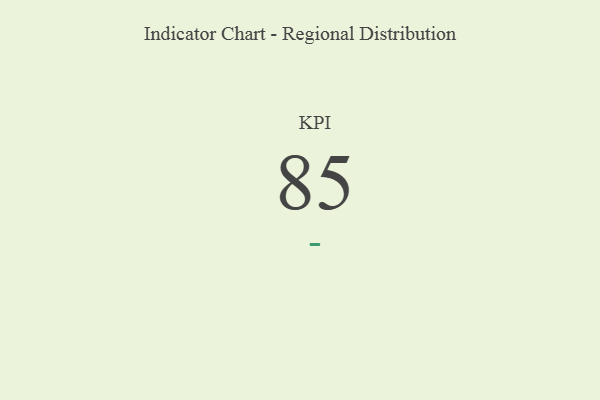
{"axis": {"x": "KPI", "y": "Value"}, "legend": [""], "data": [{"x": "KPI", "y": 85, "type": ""}]}